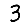
Digit: 3